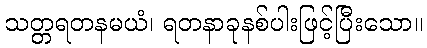
သတ္တရတနမယံ၊ ရတနာခုနစ်ပါးဖြင့်ပြီးသော။